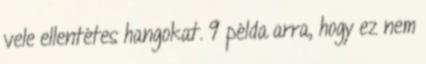
vele ellentétes hangokat. 9 példa arra, hogy ez nem